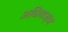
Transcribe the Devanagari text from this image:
अधियज्ञ